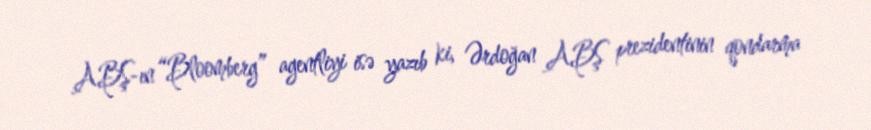
ABŞ-ın “Bloomberg” agentliyi isə yazıb ki, Ərdoğan ABŞ prezidentinin qondarma